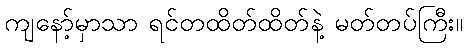
ကျနော့်မှာသာ ရင်တထိတ်ထိတ်နဲ့ မတ်တပ်ကြီး။